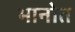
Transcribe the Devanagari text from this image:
भानोत